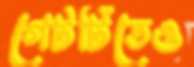
গেটটিতেও